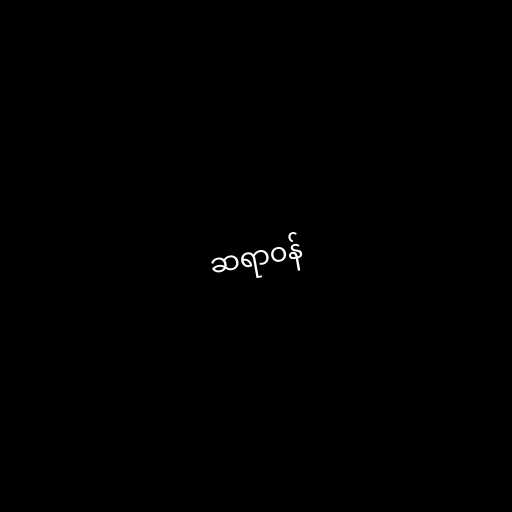
ဆရာဝန်